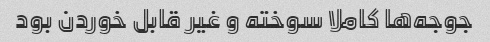
جوجه‌ها کاملا سوخته و غیر قابل خوردن بود